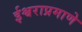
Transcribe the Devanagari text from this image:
ईश्वराप्रमाणे